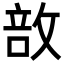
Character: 敨